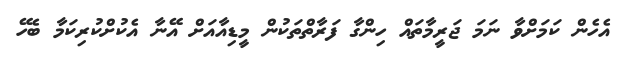
އެހެން ކަމަށްވާ ނަމަ ޖަރީމާތައް ހިންގާ ފަރާތްތަކުން މީޑިއާއަށް އޭނާ އެކުށްކުރިކަމާ ބެހޭ